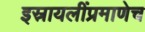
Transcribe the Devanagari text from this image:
इस्रायलींप्रमाणेच